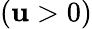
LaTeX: (\mathbf{u}>0)